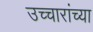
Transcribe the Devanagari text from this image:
उच्चारांच्या